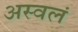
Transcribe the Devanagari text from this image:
अस्वलं